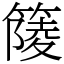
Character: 䉄